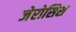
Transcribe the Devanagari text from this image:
जेरोसिस